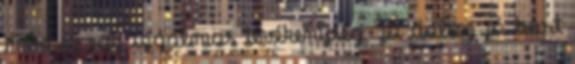
mert ez egy izgalmas tevékenység. Jó dolog jó bort